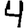
Digit: 4